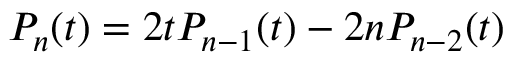
P _ { n } ( t ) = 2 t P _ { n - 1 } ( t ) - 2 n P _ { n - 2 } ( t )